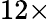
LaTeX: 12\times